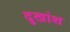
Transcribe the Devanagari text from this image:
दुखांश